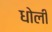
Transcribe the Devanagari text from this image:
धोली